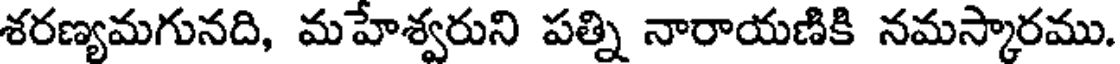
శరణ్యమగునది, మహేశ్వరుని పత్ని నారాయణికి నమస్కారము.